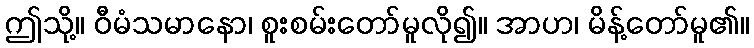
ဤသို့။ ဝီမံသမာနော၊ စူးစမ်းတော်မူလို၍။ အာဟ၊ မိန့်တော်မူ၏။